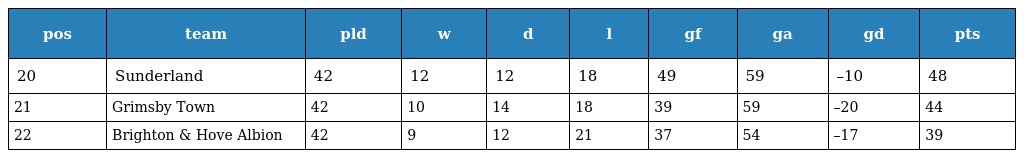
| pos | team | pld | w | d | l | gf | ga | gd | pts |
 | --- | --- | --- | --- | --- | --- | --- | --- | --- | --- |
 | 20 | Sunderland | 42 | 12 | 12 | 18 | 49 | 59 | –10 | 48 |
 | 21 | Grimsby Town | 42 | 10 | 14 | 18 | 39 | 59 | –20 | 44 |
 | 22 | Brighton & Hove Albion | 42 | 9 | 12 | 21 | 37 | 54 | –17 | 39 |